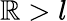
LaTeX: \mathbb{R}>l